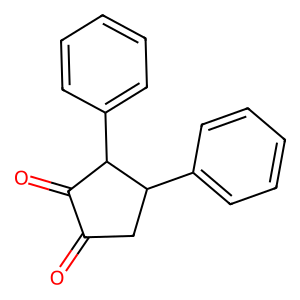
SMILES: O=C1CC(c2ccccc2)C(c2ccccc2)C1=O
Inhibits HIV replication: No